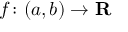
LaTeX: f \colon ( a , b ) \rightarrow \mathbf { R }